Report on sanitation, dispensaries, and jails in Rajputana for 1914, and on vaccination for the year 1914-1915 - 1914-1915
Year: 1914
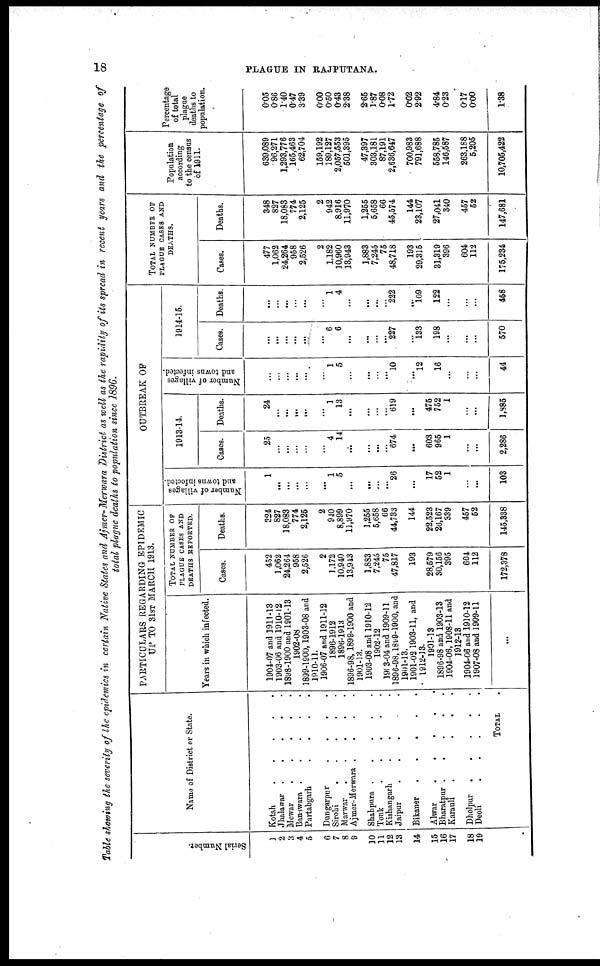
18
PLAGUE IN RAJPUTANA.
Table showing the scuerity of the epidemics in certain Native States and Ajmer-Merwara District as well as the rapidity of its spread in recent years and the percentage of
total plague deaths to population since 1896.
Serial Number
1
2
3
4
5
6
7
8
9
10
11
12
13
14
15
16
17
18
19
Name of District or State.
Kotah
.
.
.
.
.
Jhalawar .
.
.
.
.
Mewar
.
.
.
.
.
Banawara .
.
.
.
.
Partabgarh
.
.
.
.
Dungarpur
.
.
.
.
Sirohi
.
.
.
.
.
Marwar
.
.
.
.
.
Ajmer-Merwara .
.
.
.
Shahpura .
.
.
.
.
Tonk
.
.
.
.
.
Kishangarh . . . .
Jaipur
.
.
. .
Bikaner
. . . .
Alwar
.
. . . .
Bharatpur .
.
.
.
.
Karauli
.
.
.
.
Dholpur
.
.
.
.
.
Deoli
.
.
.
.
.
TOTAL .
PARTICULARS REGARDING EPIDEMIC
UP TO 31ST MARCH 1913.
Years in which infected.
1904-07 and 1911-13
1903-06 and 1910-12
1898-1900 and 1901-13
1902-08
1899-1900, 1903-08 and
1910-11.
1906-07 and 1911-12
1896-1912
1896-1913
1896-98, 1899-1900 and
1901-13.
1903-08 and 1910-12
1902-12
1903-04 and 1909-11
1896-98,1899-1900, and
1901-13.
1901-02 1903-11, and
1912-13.
1901-13
1896-98 and 1903-13
1904-06, 1908-11 and
1912-18
1904-06 and 1910-12
1907-08 and 1909-11
...
TOTAL NUMBER OF
PLAGUE CASES AND
DEATHS REPORTED.
Cases.
452
1,062
24,264
958
2,526
2
1,172
10,940
13,943
1,883
7,245
75
47,817
193
28,579
30,156
395
604
112
172,378
Deaths.
324
827
18,083
774
2,125
2
940
8,899
11,970
1,255
5,658
66
44,733
144
22,523
26,167
339
457
52
145,338
OUTBREAK OF
Number of villages
and towns infected.
1
...
...
...
...
...
1
5
...
...
...
...
26
...
17
52
1
...
...
103
1913-14.
Cases.
25
...
...
...
...
...
4
14
...
...
...
...
674
...
603
965
1
...
...
2,286
Deaths.
24
...
...
...
...
...
1
13
...
...
...
...
619
...
475
752
1
...
...
1,885
Number of villages
and towns infected.
...
...
...
...
...
...
1
5
...
...
...
...
10
...
12
16
...
...
...
44
1914-16.
Cases.
...
...
...
...
...
...
6
6
...
...
...
...
227
...
133
198
...
...
...
570
Deaths.
...
...
...
...
...
...
1
4
...
...
...
...
222
...
109
122
...
...
...
458
TOTAL NUMBER OF
PLAGUE CASES AND
DEATHS.
Cases.
477
1,062
24,264
958
2,526
2
1,182
10,960
13,943
1,883
7,245
75
48,718
193
29,315
31,319
396
604
112
175,234
Deaths.
348
827
18,083
774
2,125
2
942
8,916
11,970
1,255
5,658
66
45,574
144
23,107
27,041
340
457
52
147,681
Population
according
to the census
of 1911.
639,089
96,271
1,293,776
165,463
62,704
159,192
189,127
2,057,553
501,395
47,397
303,181
87,191
2,636,647
700,983
791,688
558,785
146,587
263,188
5,205
10,705,422
Percentage
of total
plague
deaths to
population.
0.05
0.86
1.40
0.47
3.39
0.00
0.50
0.43
2.38
2.65
1.87
0.08
1.72
0.02
2.92
4.84
0.23
0.17
0.00
1.38